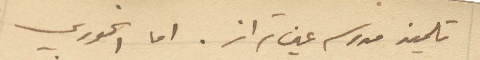
تلميذ مدرسه عين تراز. اما الخوري